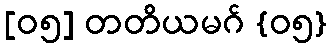
[၀၅] တတိယမဂ် {၀၅}